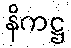
နိကဋ္ဌ